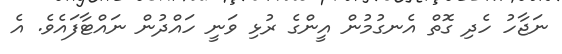
ނަޖާހު ހެދި ގޮތް އެނގުމުން އީންގެ ރުޅި ވަނީ ހައްދުން ނައްޓާފައެވެ. އެ